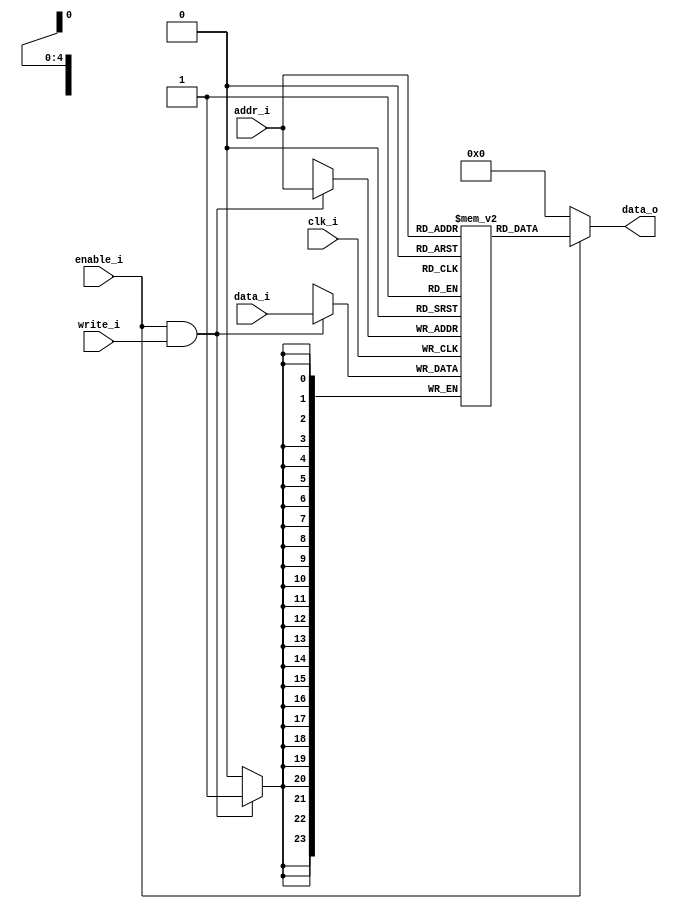
module dcache_tag_sram
(
	clk_i,
	addr_i,
	data_i,
	enable_i,
	write_i,
	data_o
);

// Interface
input				  clk_i;
input	[4:0]		addr_i;
input	[23:0]	data_i;
input				  enable_i;
input				  write_i;

output	[23:0] 		data_o;


// Memory
reg		[23:0]		memory 			[0:31];	


// Write Data      
always@(posedge clk_i) begin
    if(enable_i && write_i) begin
		memory[addr_i]   <= data_i;
	end
end

// Read Data      
assign 	data_o = (enable_i) ? memory[addr_i] : 24'b0;


endmodule